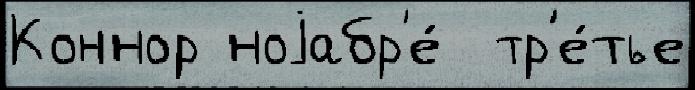
Коннор ноjабр'е́  тр'е́тье